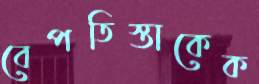
বেপতিস্তাকেক